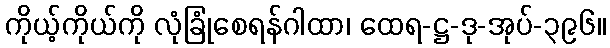
ကိုယ့်ကိုယ်ကို လုံခြုံစေရန်ဂါထာ၊ ထေရ-ဋ္ဌ-ဒု-အုပ်-၃၉၆။